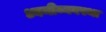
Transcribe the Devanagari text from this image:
ध्वनीव्यवस्था